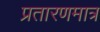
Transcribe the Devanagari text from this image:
प्रतारणमात्र